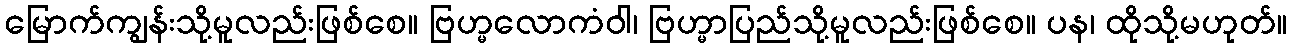
မြောက်ကျွန်းသို့မူလည်းဖြစ်စေ။ ဗြဟ္မလောကံဝါ၊ ဗြဟ္မာပြည်သို့မူလည်းဖြစ်စေ။ ပန၊ ထိုသို့မဟုတ်။